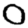
Digit: 0